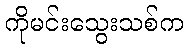
ကိုမင်းသွေးသစ်က